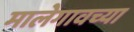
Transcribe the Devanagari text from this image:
मालेगावच्या